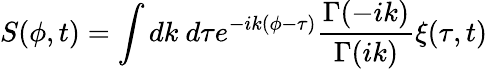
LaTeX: S(\phi,t)=\int dk~d\tau e^{-ik(\phi-\tau)}{\frac{\Gamma(-ik)}{\Gamma(ik)}}\xi(\tau,t)